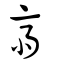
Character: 齋